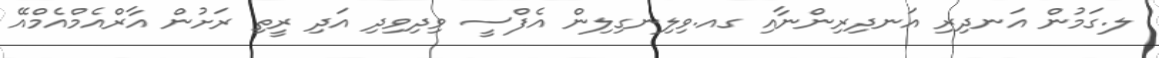
ލ.ގަމުން އަނދިރި އަނދިރިންނާއި ގއ.ވިލިނގިލިން އެފްސީ ވިދިވިދި އަދި ރީތި ރަށުން އާރްއެމްއެމްއޭ